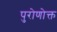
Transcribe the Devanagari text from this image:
पुरोणोक्त